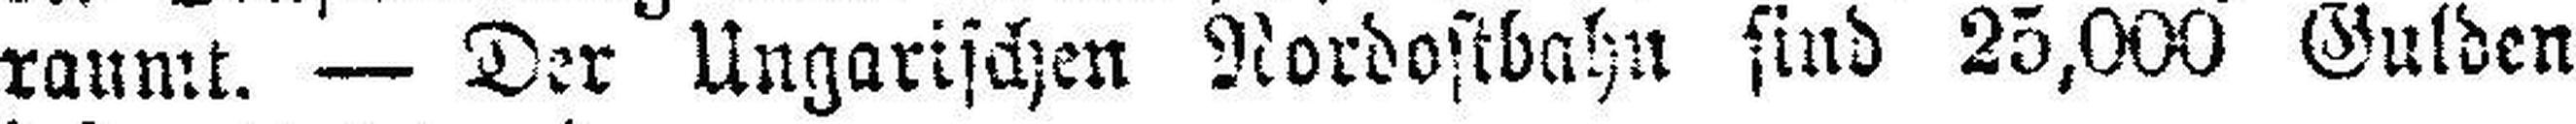
raumt. — Der Ungarischen Nordostbahn sind 25,000 Gulden